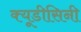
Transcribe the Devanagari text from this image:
क्यूडीसिनी